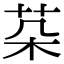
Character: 䒳